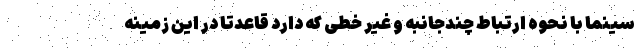
سینما با نحوه ارتباط چندجانبه و غیر خطی که دارد قاعدتاً در این زمینه